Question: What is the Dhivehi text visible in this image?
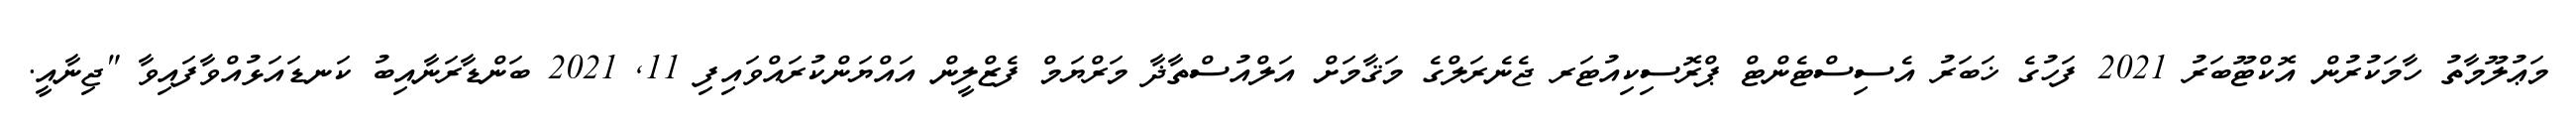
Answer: މަޢުލޫމާތު ހާމަކުރުން އޮކްޓޫބަރު 2021 ފަހުގެ ޚަބަރު އެސިސްޓެންޓް ޕްރޮސިކިއުޓަރ ޖެނެރަލްގެ މަޤާމަށް އަލްއުސްތާޛާ މަރްޔަމް ފެޒްލީން އައްޔަންކުރައްވައިފި 11, 2021 ބަންޑާރަނާއިބު ކަނޑައަޅުއްވާފައިވާ "ޖިނާއީ.